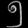
Digit: ၅